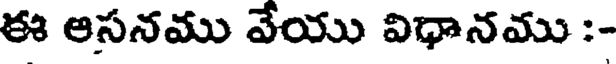
ఈ ఆసనము వేయు విధానము :-